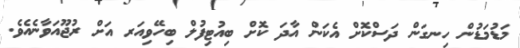
މަޑުމަޑުން ހިނގަން ދަސްކޮށް އެކަން އާދަ ކޮށް ބިއުޓިފުލް ބިހޭވިއަރ އަށް ރުޖޫއަވާނެއެވެ.